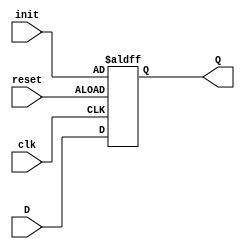
module D_trigger4_init(clk,reset,init,D,Q);
input clk,reset;
input [3:0] D;
input [3:0] init;
output reg [3:0] Q;

always@(posedge clk or negedge reset) begin
  if(~reset) begin
    Q <= init;
  end
  else begin 
    Q <= D;
  end
end

endmodule